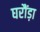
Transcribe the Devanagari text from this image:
घरौंड़ा